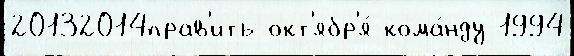
20132014прав'ить окт'ябр'я́ кома́нду 1994